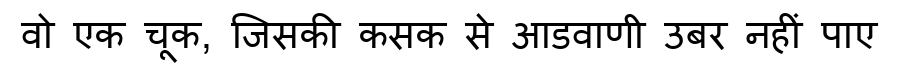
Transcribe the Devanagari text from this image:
वो एक चूक, जिसकी कसक से आडवाणी उबर नहीं पाए